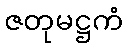
ဇတုမဋ္ဌကံ